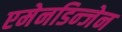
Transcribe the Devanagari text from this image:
एमेनडिन्जेन